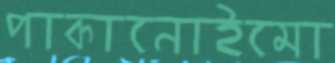
পাকানোইমো